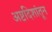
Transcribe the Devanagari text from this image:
अष्टदिशांतून